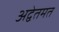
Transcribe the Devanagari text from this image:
अद्वेतमत